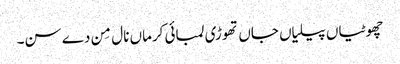
چھوٹیاں پیلیاں جاں تھوڑی لمبائی کرماں نال مِن دے سن۔